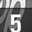
Digit: 5